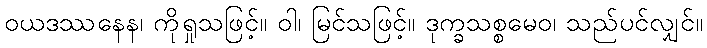
ဝယဒဿနေန၊ ကိုရှုသဖြင့်။ ဝါ၊ မြင်သဖြင့်။ ဒုက္ခသစ္စမေဝ၊ သည်ပင်လျှင်။